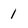
Character: 1